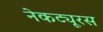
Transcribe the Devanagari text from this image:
नेकट्यूरस